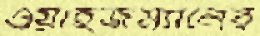
ওয়াইজম্যানের